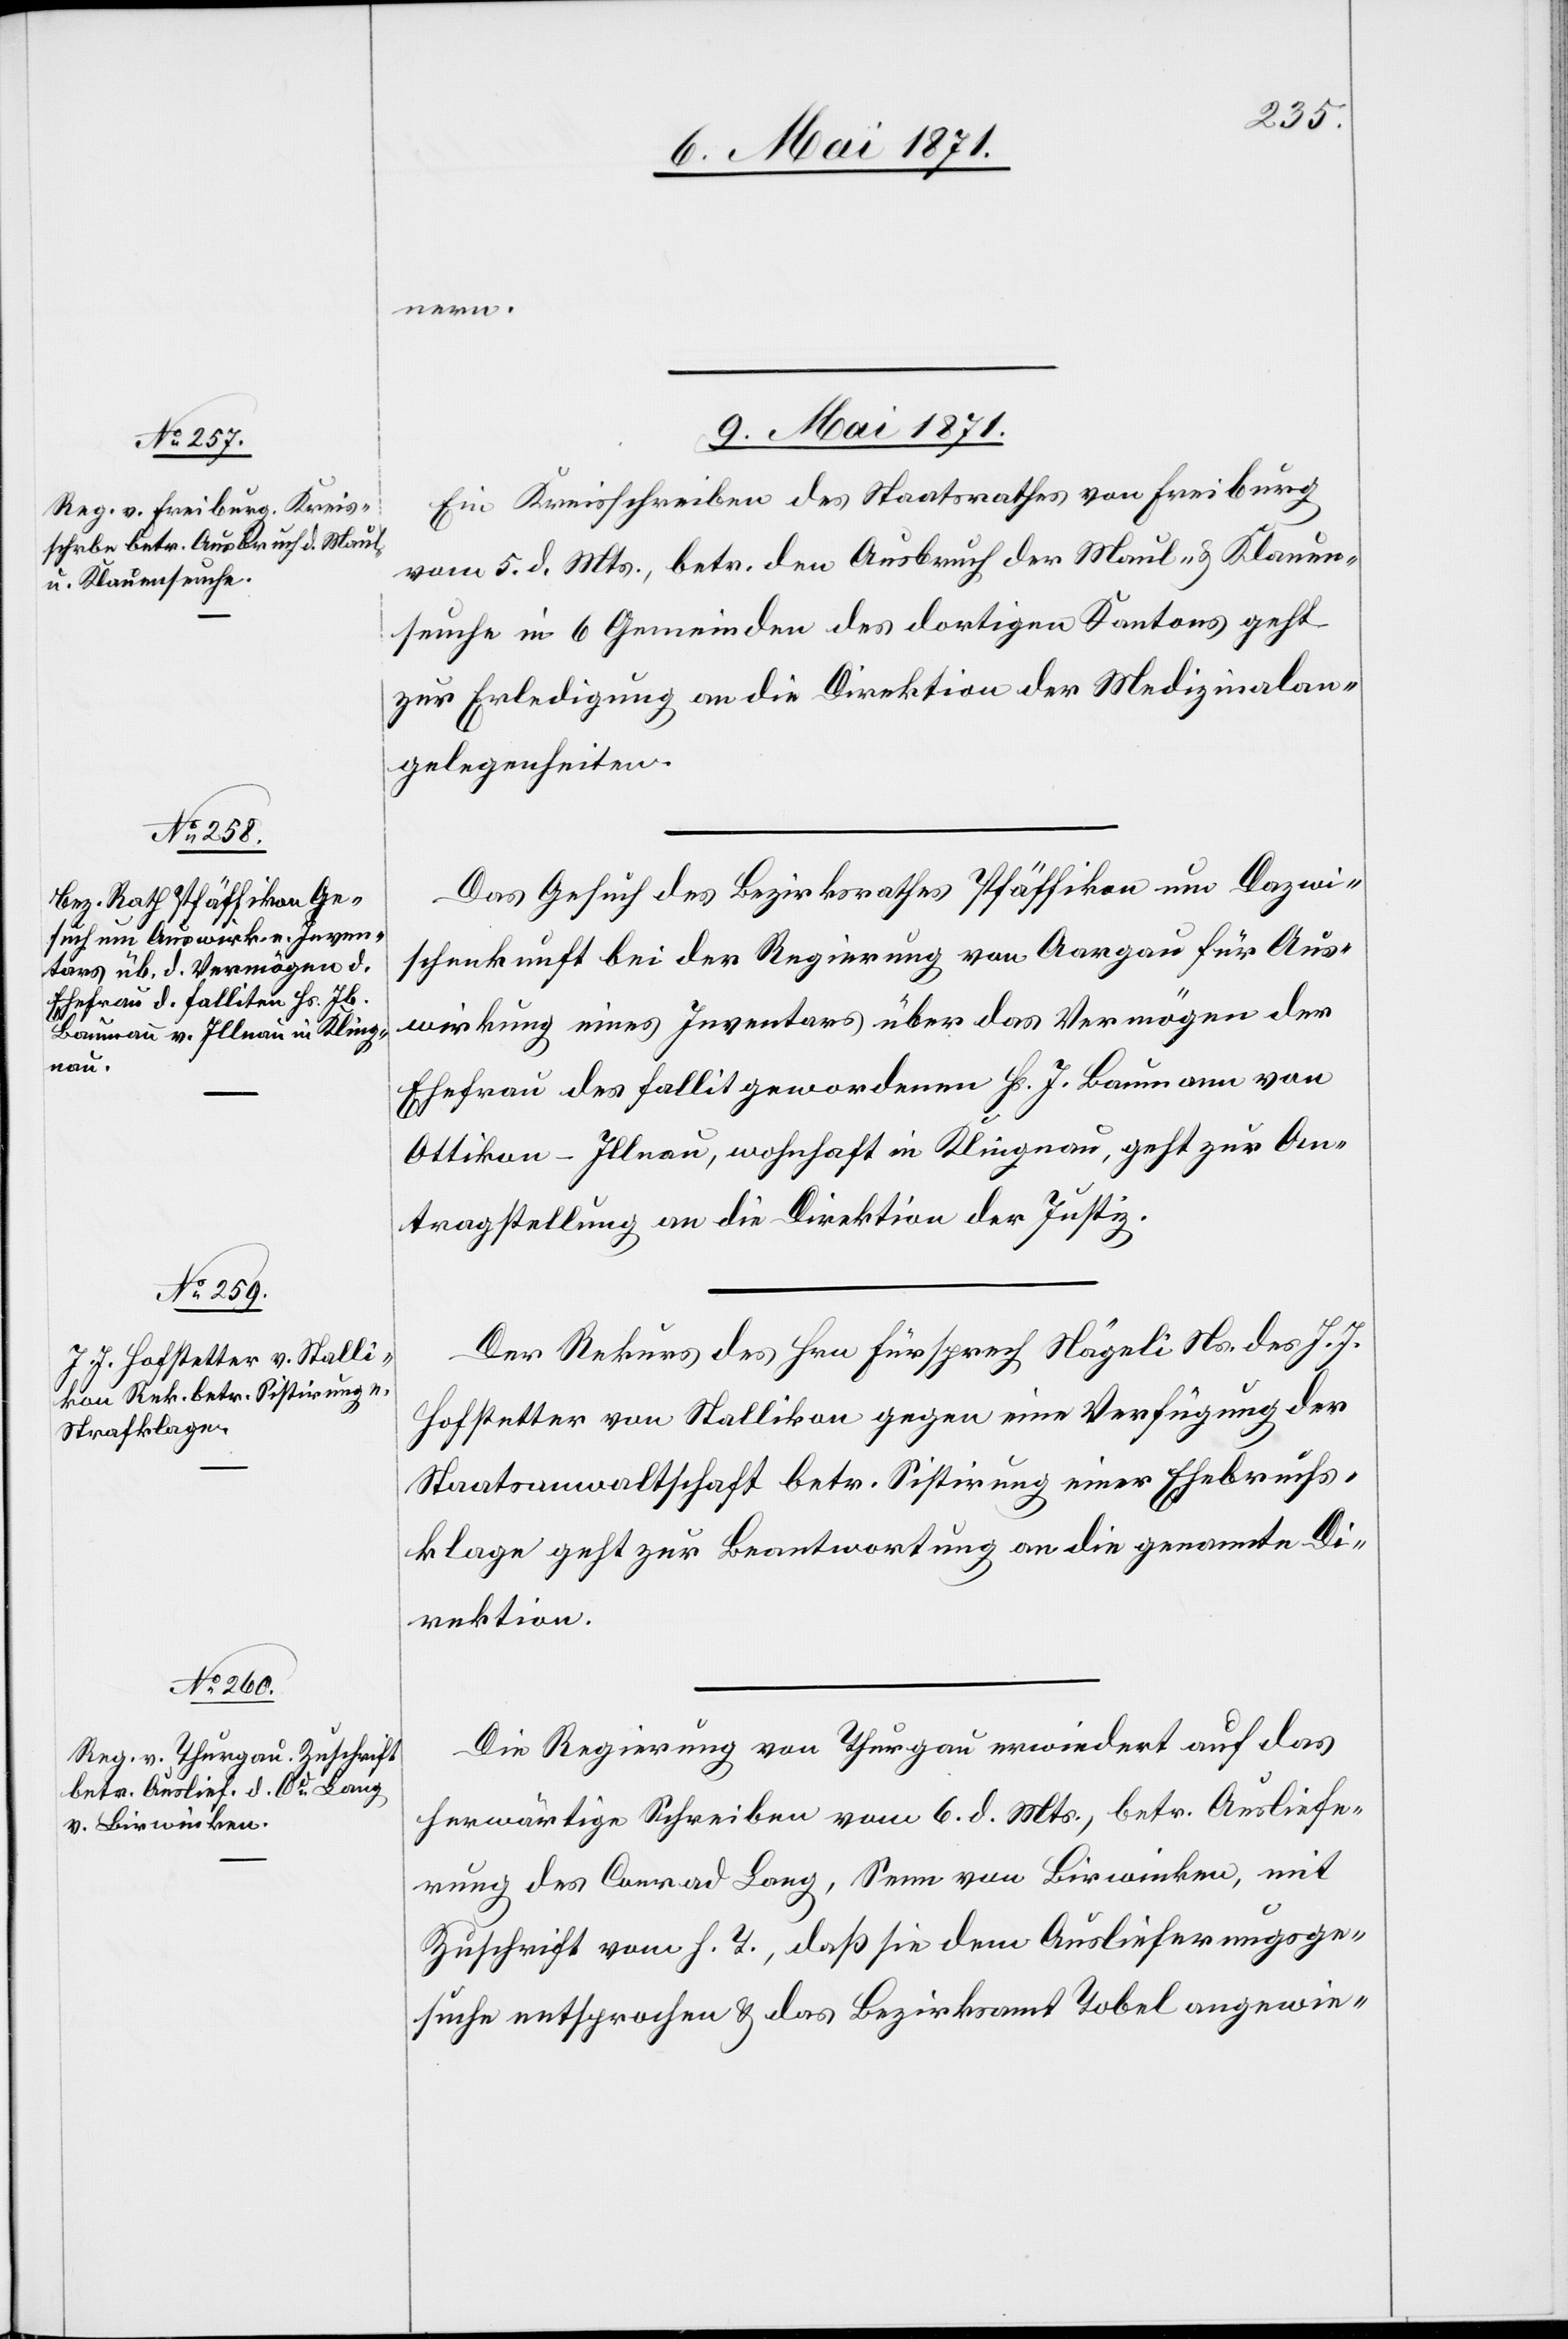
nern.
9. Mai 1871.]
Ein Kreisschreiben des Staatsrathes von Freiburg
vom 5. d. Mts., betr. den Ausbruch der Maul- u. Klauen¬
seuche in 6 Gemeinden des dortigen Kantons geht
zur Erledigung an die Direktion der Medizinalan¬
gelegenheiten.
Das Gesuch des Bezirksrathes Pfäffikon um Dazwi¬
schenkunft bei der Regierung von Aargau für Aus¬
wirkung eines Inventars über das Vermögen der
Ehefrau des Fallit gewordenen Hs. J. Baumann von
Ottikon-Illnau, wohnhaft in Klingnau, geht zur An¬
tragstellung an die Direktion der Justiz.
Der Rekurs des Hrn Fürsprech Nägeli Ns. des J. J.
Hofstetter von Stallikon gegen eine Verfügung der
Staatsanwaltschaft betr. Sistirung einer Ehebruchs¬
klage geht zur Beantwortung an die genannte Di¬
rektion.
Die Regierung von Thurgau erwiedert auf das
herwärtige Schreiben vom 6. d. Mts., betr. Ausliefe¬
rung des Conrad Lang, Senn von Birwinken, mit
Zuschrift vom h. T., daß sie dem Auslieferungsge¬
suche entsprochen u. das Bezirksamt Tobel angewie-